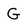
Character: G